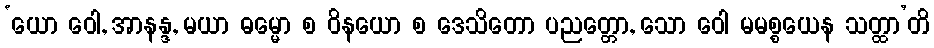
‘ယော ဝေါ, အာနန္ဒ, မယာ ဓမ္မော စ ဝိနယော စ ဒေသိတော ပညတ္တော, သော ဝေါ မမစ္စယေန သတ္ထာ’တိ